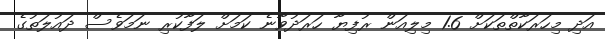
އަދި މިހަރަކާތްތަކަށް 1.6 މިލިއަން ރުފިޔާ ހަރަދުވާނެ ކަމަށް ލަފާކުރި ނަމަވެސް ދައުލަތުގެ